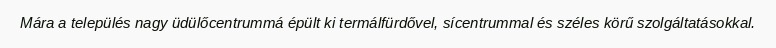
Mára a település nagy üdülőcentrummá épült ki termálfürdővel, sícentrummal és széles körű szolgáltatásokkal.